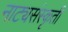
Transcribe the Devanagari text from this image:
नाट्यसंस्कृती